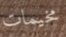
مخيمات